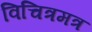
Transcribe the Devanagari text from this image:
विचित्रमत्र